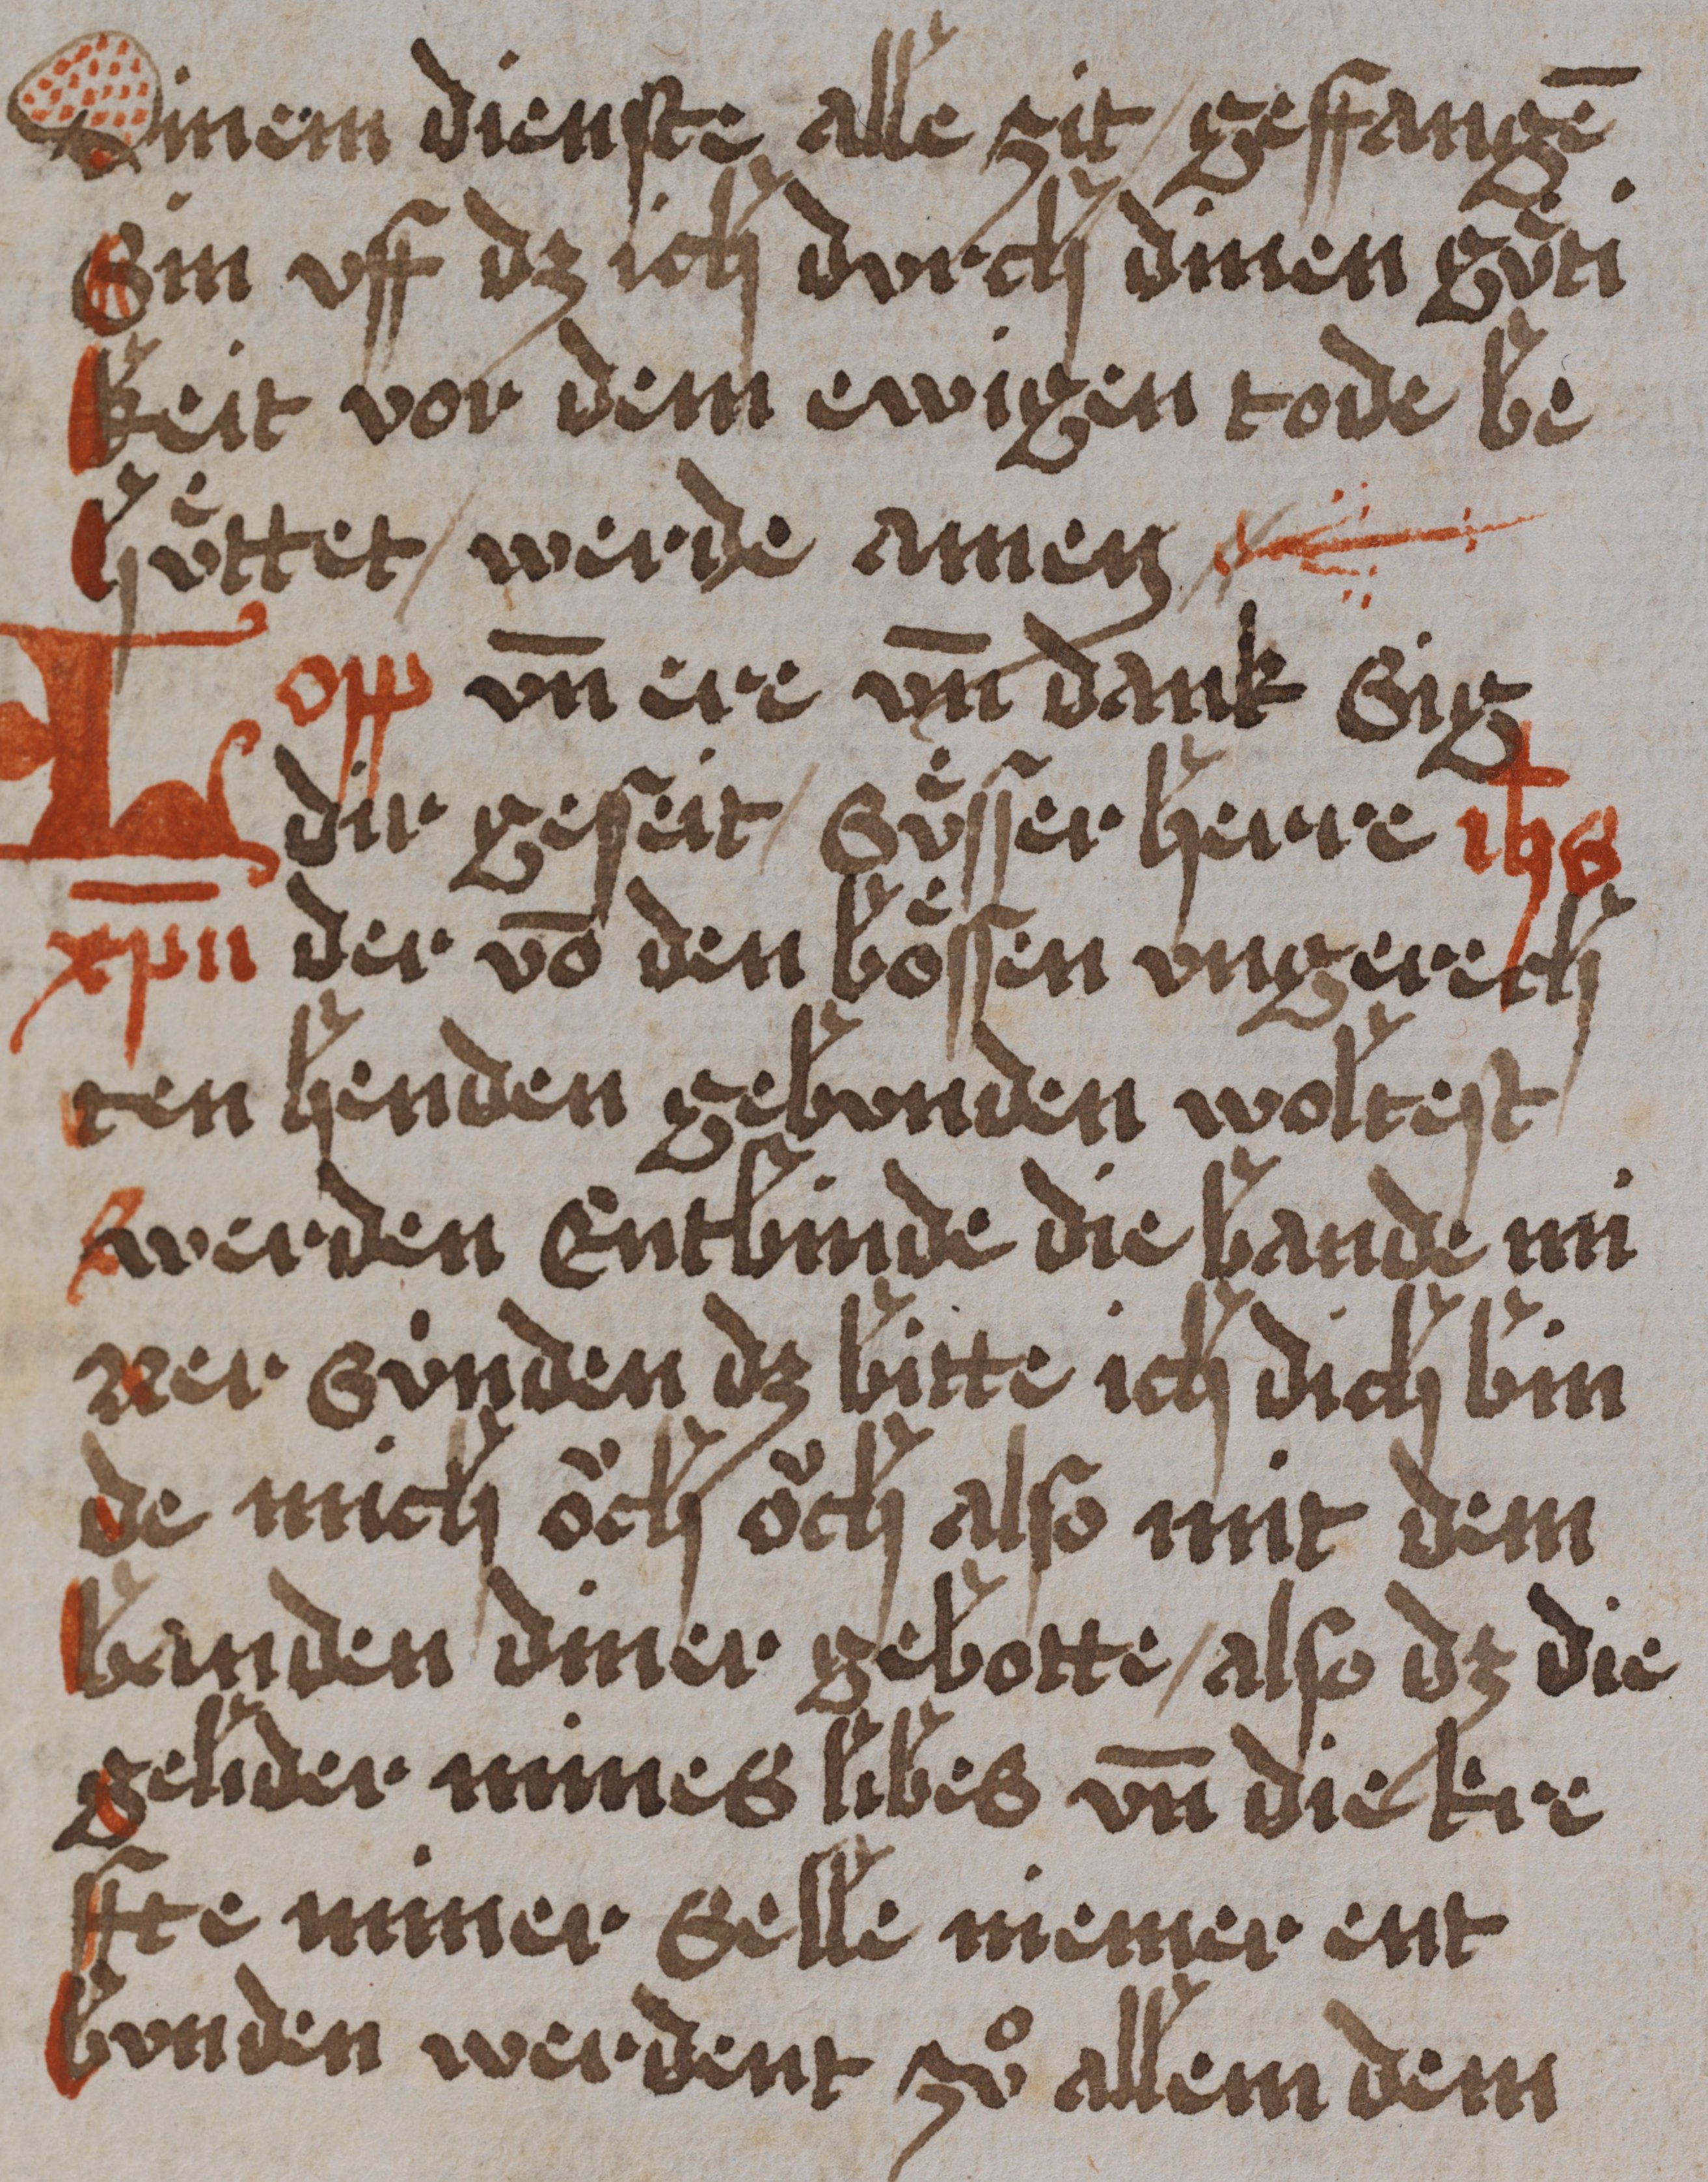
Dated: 1450–1499